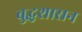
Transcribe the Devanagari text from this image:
बुद्धशासन